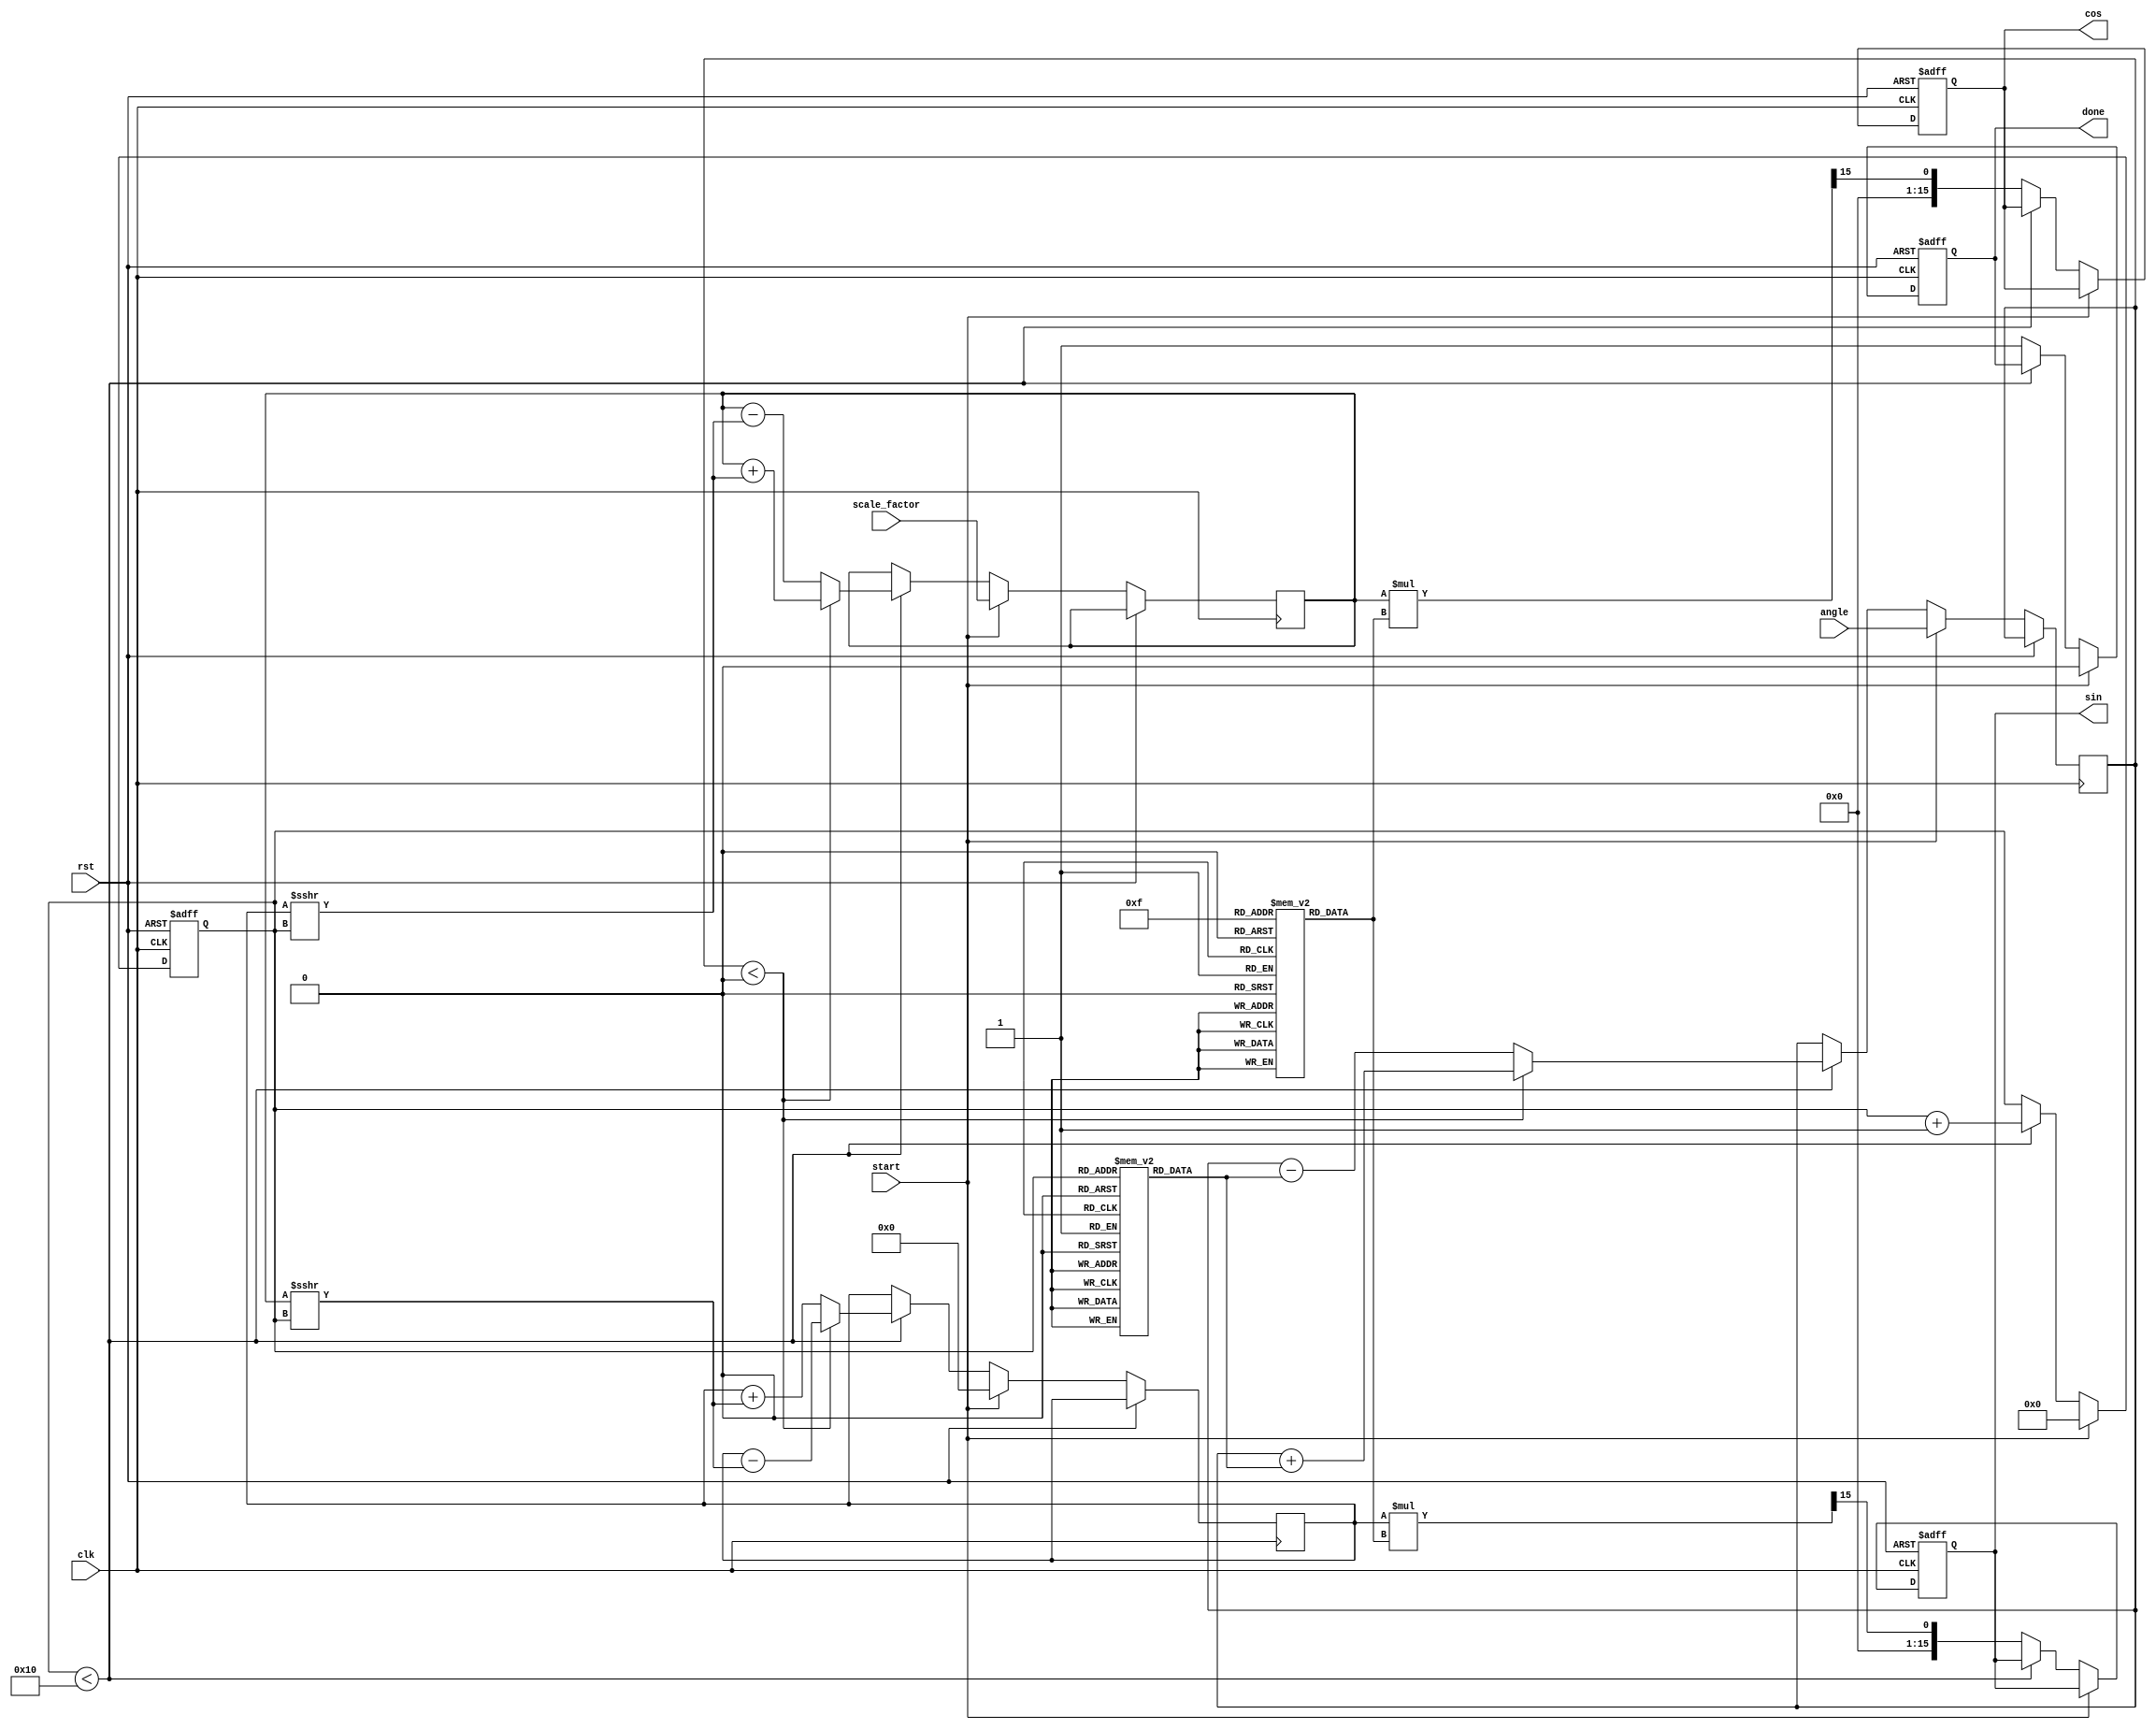
module CORDIC(
    input wire clk,
    input wire rst,
    input wire start,
    input wire signed [15:0] angle, // Fixed-point angle input (in radians, 16-bit)
    input wire signed [15:0] scale_factor, // Fixed-point scaling factor
    output reg signed [15:0] cos, // Fixed-point cosine output
    output reg signed [15:0] sin, // Fixed-point sine output
    output reg done // Indicates completion of calculation
);

// Parameter Definitions
parameter N = 16; // Number of CORDIC iterations
parameter LUT_WIDTH = 16; // LUT entry size
parameter LUT_SIZE = N; // Number of entries in LUT

// Lookup tables for angles (arctan(1/2^i)) and scaling factors
reg signed [LUT_WIDTH-1:0] angle_LUT [0:LUT_SIZE-1];
reg signed [LUT_WIDTH-1:0] scaling_LUT [0:LUT_SIZE-1];

// Internal Registers
reg signed [15:0] x; // x-coordinate
reg signed [15:0] y; // y-coordinate
reg signed [15:0] z; // Remaining angle
reg [3:0] iteration; // Current iteration count
reg [31:0] x_next, y_next;

initial begin
    // Initialize angle LUT
    angle_LUT[0] = 16'h26B2; // atan(1)
    angle_LUT[1] = 16'h1C71; // atan(1/2)
    angle_LUT[2] = 16'h147A; // atan(1/4)
    angle_LUT[3] = 16'h0A5C; // atan(1/8)
    angle_LUT[4] = 16'h0519; // atan(1/16)
    // ...continue initializing angles for N iterations...

    // Initialize scaling factors (2^-i)
    scaling_LUT[0] = 16'h4000; // 1.0
    scaling_LUT[1] = 16'h2AAA; // 0.7071 (1/sqrt(2))
    scaling_LUT[2] = 16'h2492; // 0.6073 (1/sqrt(2^2))
    scaling_LUT[3] = 16'h1C71; // 0.5000 (1/sqrt(2^3))
    scaling_LUT[4] = 16'h199A; // 0.4472 (1/sqrt(2^4))
    // ...continue initializing scaling for N iterations...
end

always @(posedge clk or posedge rst) begin
    if (rst) begin
        cos <= 16'd0;
        sin <= 16'd0;
        done <= 1'b0;
        iteration <= 0;
    end else if (start) begin
        // Initialize x and y for rotation
        x <= scale_factor; // Initial x-coordinate (should start with 1.0 scaled)
        y <= 16'd0; // Initial y-coordinate (sin(0) = 0)
        z <= angle; // Load input angle
        iteration <= 0; // Reset iteration count
        done <= 1'b0;
    end else if (iteration < N) begin
        if (z < 16'd0) begin
            // Rotate clockwise
            x_next = x + (y >>> iteration);
            y_next = y - (x >>> iteration);
            z = z + angle_LUT[iteration];
        end else begin
            // Rotate counterclockwise
            x_next = x - (y >>> iteration);
            y_next = y + (x >>> iteration);
            z = z - angle_LUT[iteration];
        end
        
        // Update coordinates
        x <= x_next[15:0]; // Keep only lower 16 bits
        y <= y_next[15:0]; // Keep only lower 16 bits
        iteration <= iteration + 1;
    end else begin
        // Final output scaling
        cos <= (x * scaling_LUT[N-1]) >> 15; // Scale by the final scaling factor
        sin <= (y * scaling_LUT[N-1]) >> 15; // Scale by the final scaling factor
        done <= 1'b1; // Indicate completion
    end
end

endmodule